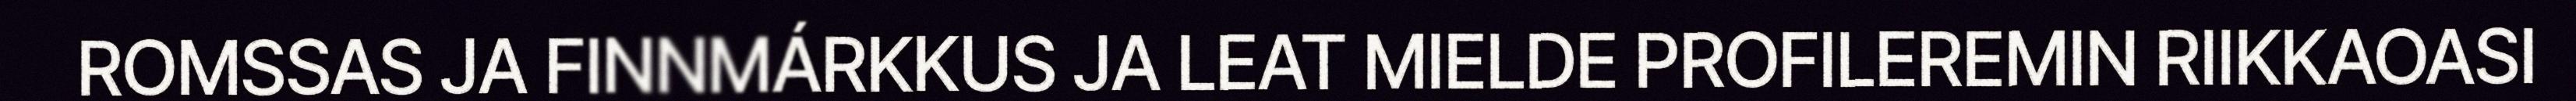
ROMSSAS JA FINNMÁRKKUS JA LEAT MIELDE PROFILEREMIN RIIKKAOASI